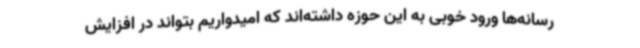
رسانه‌ها ورود خوبی به این حوزه داشته‌اند که امیدواریم بتواند در افزایش